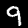
Label: 9